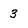
Character: 3